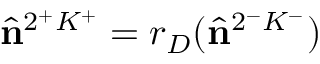
\hat { \mathbf { n } } ^ { 2 ^ { + } K ^ { + } } = r _ { D } ( \hat { \mathbf { n } } ^ { 2 ^ { - } K ^ { - } } )